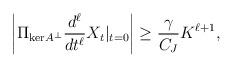
LaTeX: \begin{align*} \left|\Pi_{\mathrm{ker}A^\perp}\frac{d^\ell}{dt^\ell}X_t|_{t = 0}\right| \ge \frac{\gamma}{C_J}K^{\ell+1},\end{align*}